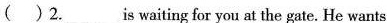
( )2._____is waiting for you at the gate. He wants